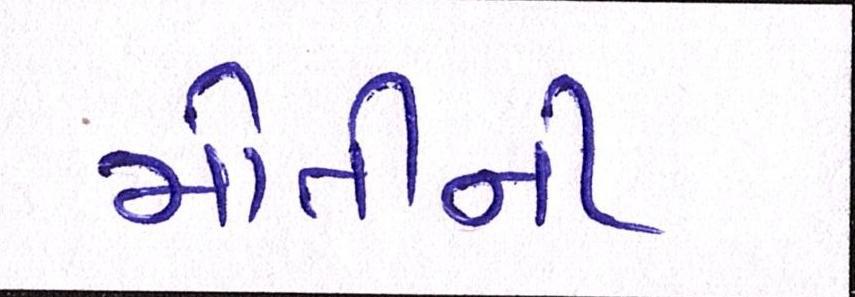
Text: મોતીની